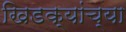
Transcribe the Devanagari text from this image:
खिडक्यांच्या